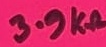
Text: 3.9KΩ